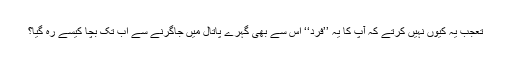
تعجب یہ کیوں نہیں کرتے کہ آپ کا یہ ’’فرد‘‘ اس سے بھی گہرے پاتال میں جاگرنے سے اب تک بچا کیسے رہ گیا؟